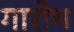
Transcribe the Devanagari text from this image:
गारोथ